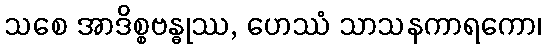
သစေ အာဒိစ္စဗန္ဓုဿ, ဟေဿံ သာသနကာရကော၊